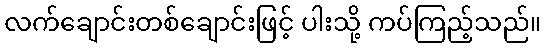
လက်ချောင်းတစ်ချောင်းဖြင့် ပါးသို့ ကပ်ကြည့်သည်။